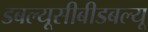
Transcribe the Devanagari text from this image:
डबल्यूसीबीडबल्यू